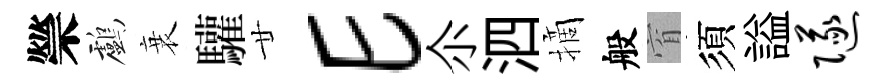
禜鸕衰驩廿E尒泗摘般窅須謚隧